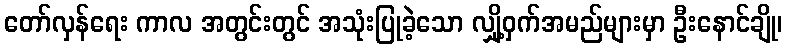
တော်လှန်ရေး ကာလ အတွင်းတွင် အသုံးပြုခဲ့သော လျှို့ဝှက်အမည်များမှာ ဦးနောင်ချို၊